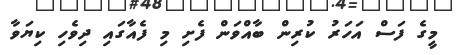
މީގެ ފަސް އަހަރު ކުރިން ބާއްވަން ފެށި މި ފެއާގައި ދިވެހި ކިޔަވާ